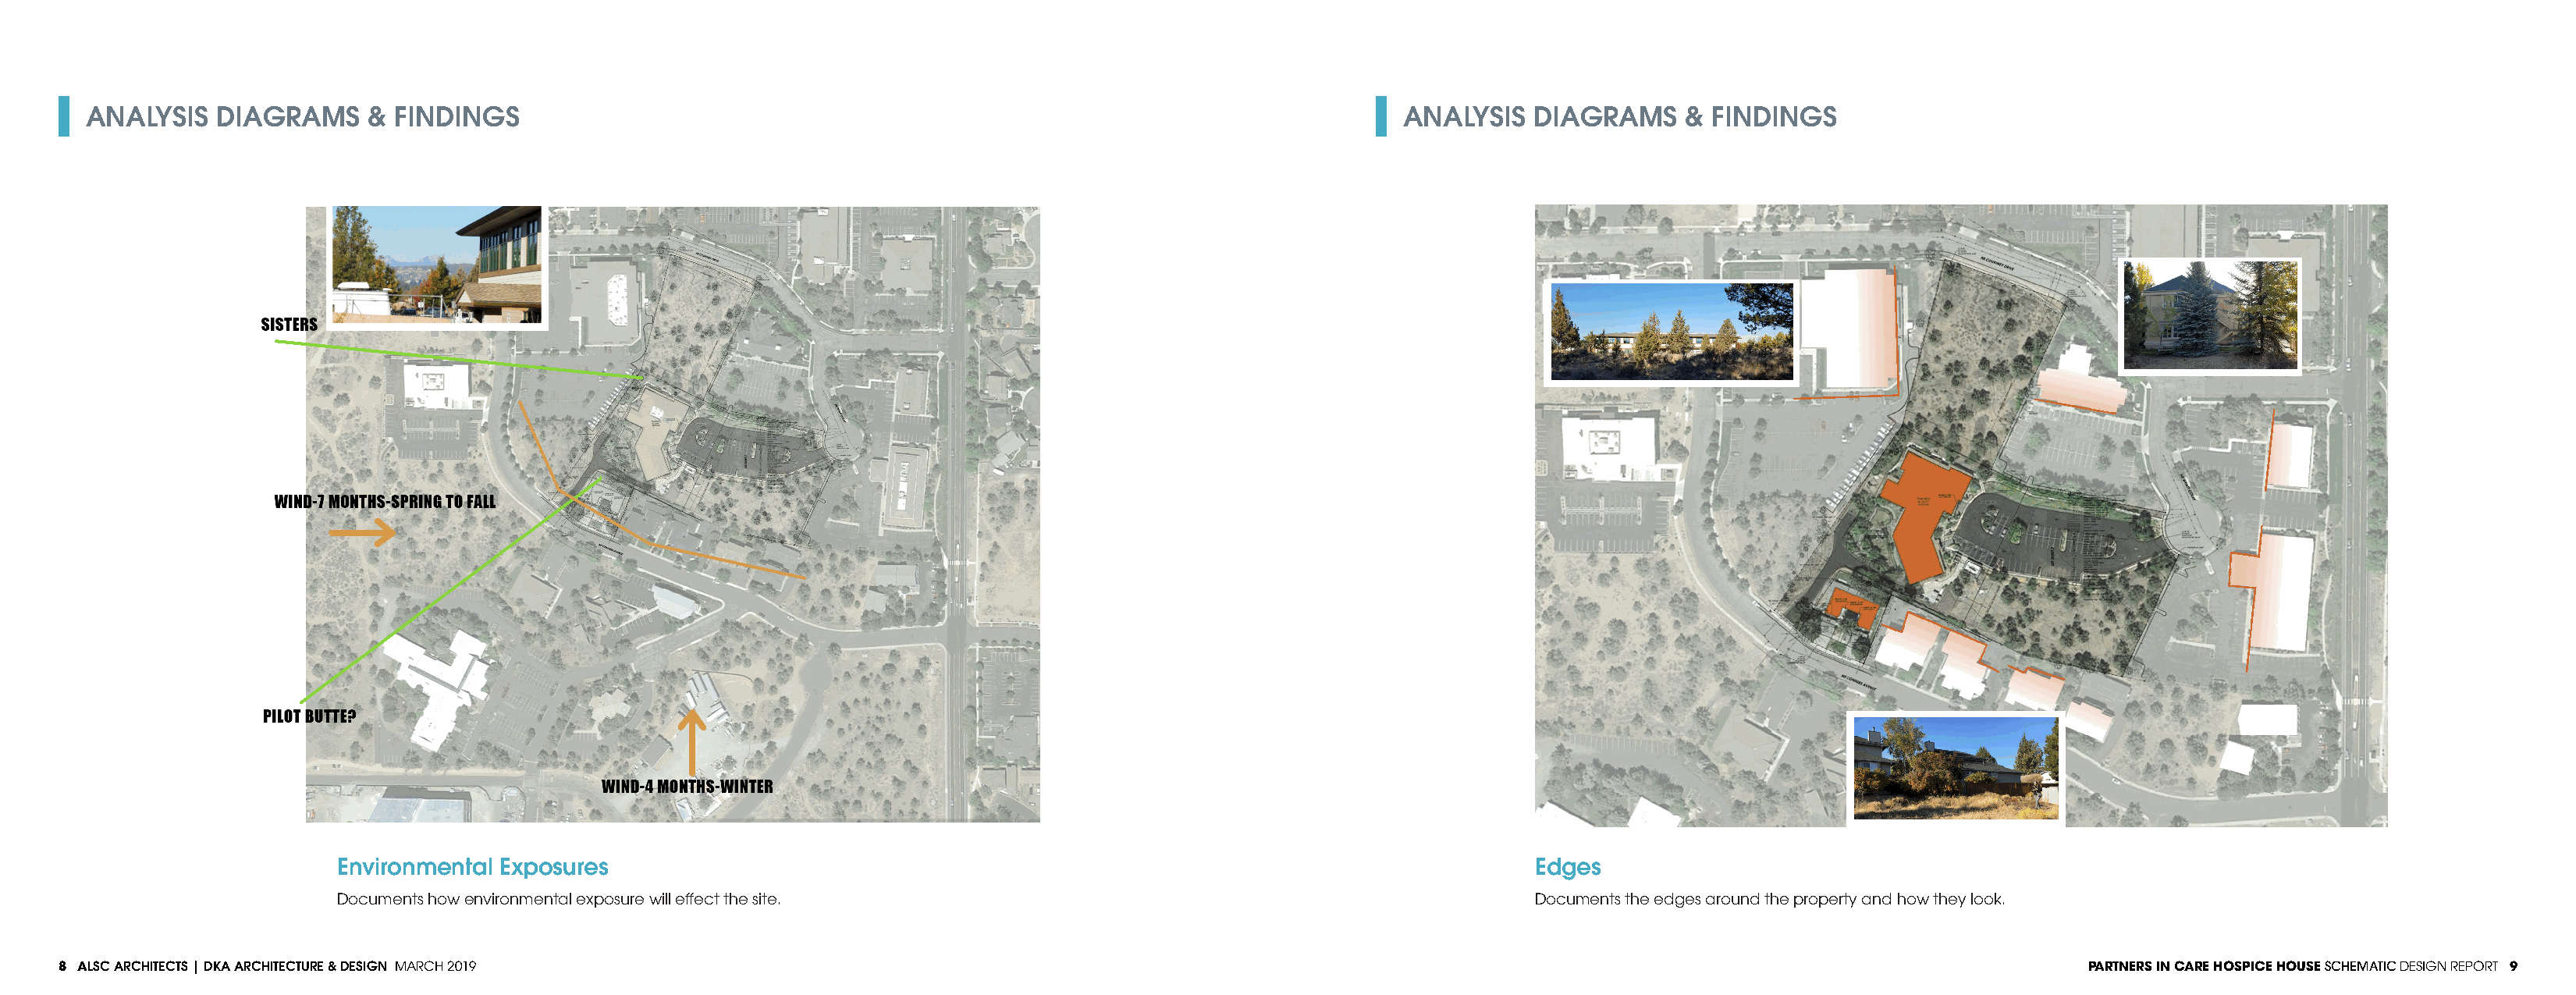
ANALYSIS   DIAGRAMS     & FINDINGS                                                                              ANALYSIS   DIAGRAMS     & FINDINGS
 SITE ANALYSIS    VIEWS   AND   WIND
 Environmental Exposures                                                                              Edges
 Documents how environmental exposure will effect the site.                                           Documents the edges around the property and how they look.
 8 ALSC ARCHITECTS | DKA ARCHITECTURE & DESIGN MARCH 2019                                                                                                                    PARTNERS IN CARE HOSPICE HOUSE SCHEMATIC DESIGN REPORT 9